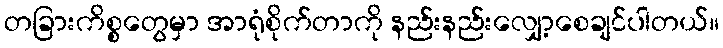
တခြားကိစ္စတွေမှာ အာရုံစိုက်တာကို နည်းနည်းလျှော့စေချင်ပါတယ်။